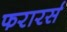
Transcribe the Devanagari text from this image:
फरारर्स